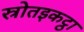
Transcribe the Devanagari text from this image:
स्रोतइकट्ठा